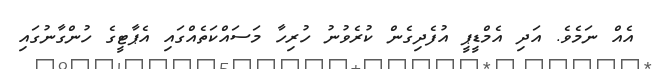
އެއް ނަމެވެ. އަދި އެމްޑީޕީ އުފެދިގެން ކުރެވުނު ހުރިހާ މަސައްކަތެއްގައި އެޕާޓީގެ ހުންގާނުގައި